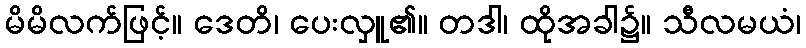
မိမိလက်ဖြင့်။ ဒေတိ၊ ပေးလှူ၏။ တဒါ၊ ထိုအခါ၌။ သီလမယံ၊